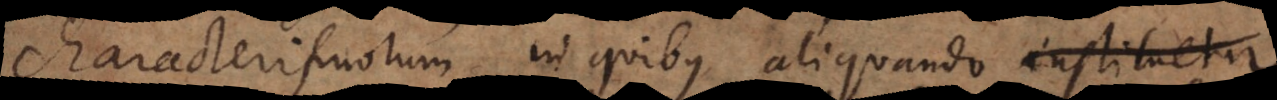
characterismorum in quibus aliquando